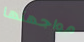
مواجهتها